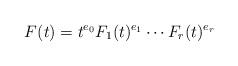
LaTeX: \begin{align*}F(t)=t^{e_{0}}F_{1}(t)^{e_{1}}\cdots F_{r}(t)^{e_{r}}\end{align*}